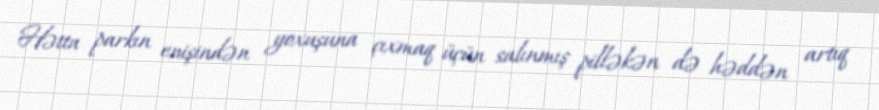
Hətta parkın enişindən yoxuşuna çıxmaq üçün salınmış pilləkən də həddən artıq